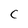
Character: c